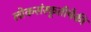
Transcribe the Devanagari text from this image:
लोकसंस्कृतीपैकी